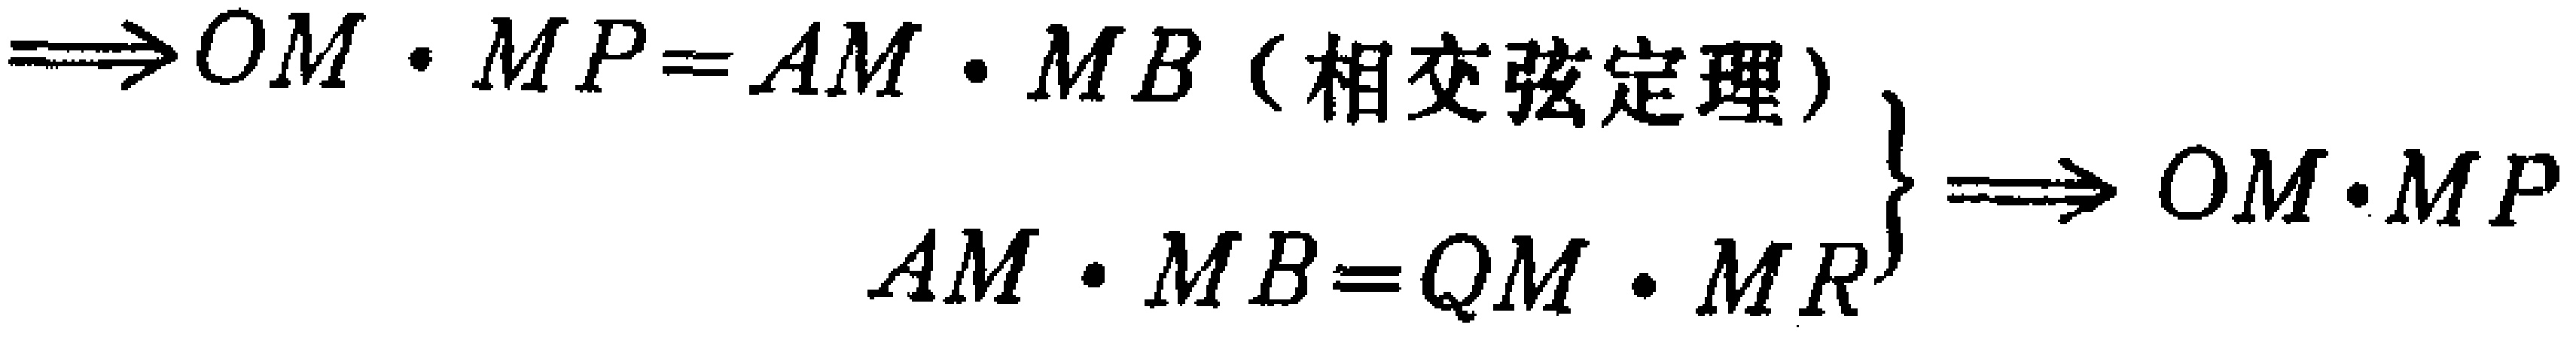
\(\Rightarrow OM\cdot MP = AM\cdot MB \text{（相交弦定理）}\\

\left.

\begin{array}{l}

AM\cdot MB = QM\cdot MR

\end{array}

\right\}

\Rightarrow OM\cdot MP\)